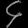
Digit: ၄